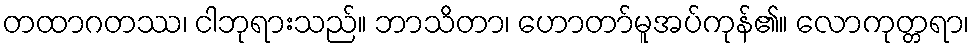
တထာဂတဿ၊ ငါဘုရားသည်။ ဘာသိတာ၊ ဟောတာ်မူအပ်ကုန်၏။ လောကုတ္တရာ၊